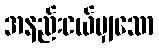
အနည်းငယ်မျှသော